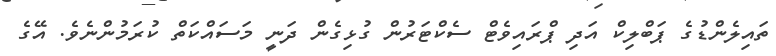
ތައިލެންޑުގެ ޕަބްލިކް އަދި ޕްރައިވެޓް ސެކްޓަރުން ގުޅިގެން ދަނީ މަސައްކަތް ކުރަމުންނެވެ. އޭގެ